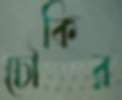
চৌকির